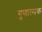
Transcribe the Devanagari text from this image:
गुणात्‍मक